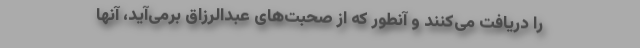
را دریافت می‌کنند و آنطور که از صحبت‌های عبدالرزاق برمی‌آید، آنها